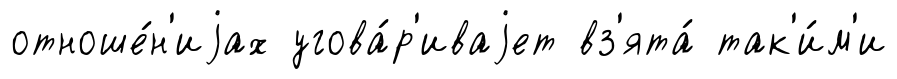
отноше́н'иjах угова́р'иваjет вз'ята́ так'и́м'и